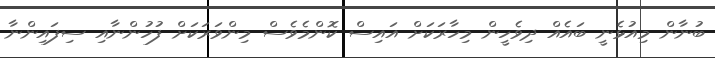
ބުނާން މިއުޅެނީ ބައެއް ދިވެހީން މިހާރަކަށް އައިސް ކޮންމެވެސް މިންވަރަކަށް ފުހުންނާއި ސިފައިންނާ